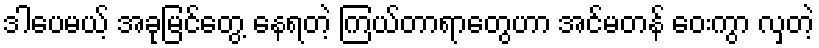
ဒါပေမယ့် အခုမြင်တွေ့ နေရတဲ့ ကြယ်တာရာတွေဟာ အင်မတန် ဝေးကွာ လှတဲ့